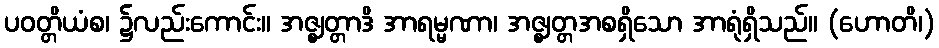
ပဝတ္တိယံစ၊ ၌လည်းကောင်း။ အဇ္ဈတ္တာဒိ အာရမ္မဏာ၊ အဇ္ဈတ္တအစရှိသော အာရုံရှိသည်။ (ဟောတိ၊)